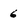
Character: 6